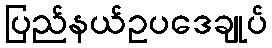
ပြည်နယ်ဥပဒေချုပ်